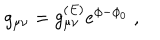
g _ { \mu \nu } = g _ { \mu \nu } ^ { ( E ) } e ^ { \phi - \phi _ { 0 } } \; ,